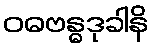
ဝဓဗန္ဓဒုခါနိ